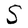
Character: S